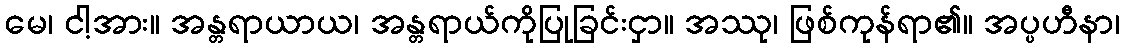
မေ၊ ငါ့အား။ အန္တရာယာယ၊ အန္တရာယ်ကိုပြုခြင်းငှာ။ အဿု၊ ဖြစ်ကုန်ရာ၏။ အပ္ပဟီနာ၊